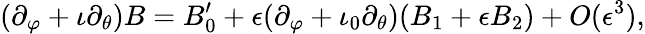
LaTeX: (\partial_{\varphi}+\iota\partial_{\theta})B=B_{0}^{\prime}+\epsilon(\partial_{\varphi}+\iota_{0}\partial_{\theta})(B_{1}+\epsilon B_{2})+O(\epsilon^{3}),